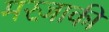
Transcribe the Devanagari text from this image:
मरज़ाकी